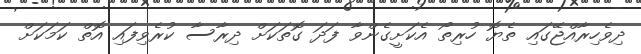
ދިވެހިރާއްޖޭގައި ތެޔޮ ހުރިތޯ އެކަށީގެންވާ ފަދަ ގޮތަކަށް ދިރާސާ ކުރެވިފައި އޮތް ކަމަކަށް